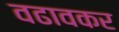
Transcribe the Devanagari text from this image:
वढावकर